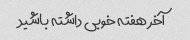
آخر هفته خوبی داشته باشید